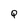
Character: Q